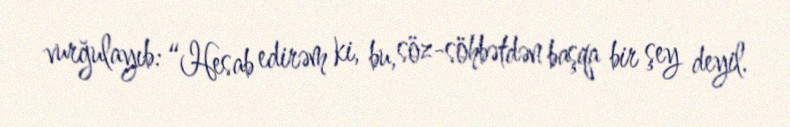
vurğulayıb: “Hesab edirəm ki, bu, söz-söhbətdən başqa bir şey deyil.